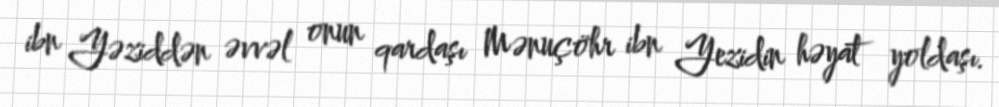
ibn Yəziddən əvvəl onun qardaşı Mənuçöhr ibn Yezidin həyat yoldaşı.